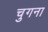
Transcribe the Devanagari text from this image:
चुगना